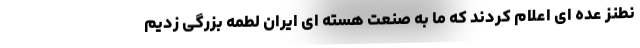
نطنز عده ای اعلام کردند که ما به صنعت هسته ای ایران لطمه بزرگی زدیم